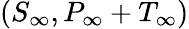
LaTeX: (S_{\infty},P_{\infty}+T_{\infty})